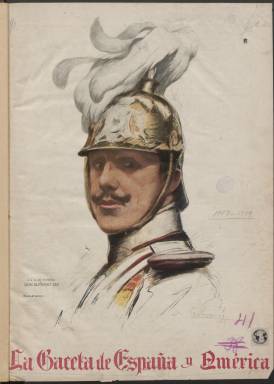
Título: La Gaceta de España y América
Colección: Periódicos
Ámbito geográfico: Madrid
Lugar de publicación: Madrid
Fechas: 12/07/1919-09/08/1919